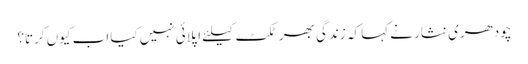
چودھری نثار نے کہا کہ زندگی بھر ٹکٹ کیلئے اپلائی نہیں کیا اب کیوں کرتا؟